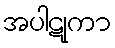
အပါဋုကာ